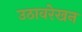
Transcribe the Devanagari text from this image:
उठावरेखन